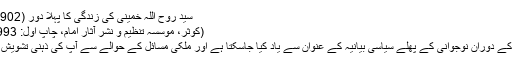
سید روح اللہ خمینی کی زندگی کا پہلا دور (1902ء سے 1921ءتک):
(کوثر، موسسہ تنظیم و نشر آثار امام، چاپ اول: 1993ء جلد اول ص615)
اس نوشتہ کو روح اللہ کے دوران نوجوانی کے پهلے سیاسی بیانیہ کے عنوان سے یاد کیا جاسکتا ہے اور ملکی مسائل کے حوالے سے آپ کی ذہنی تشویش کو سمجها جاسکتا ہے۔